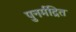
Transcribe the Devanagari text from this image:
पुनर्मद्रित